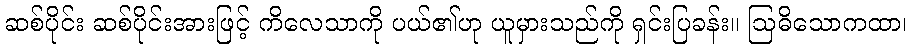
ဆစ်ပိုင်း ဆစ်ပိုင်းအားဖြင့် ကိလေသာကို ပယ်၏ဟု ယူမှားသည်ကို ရှင်းပြခန်း။ ဩဓိသောကထာ၊